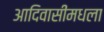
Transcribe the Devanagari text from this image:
आदिवासींमधला